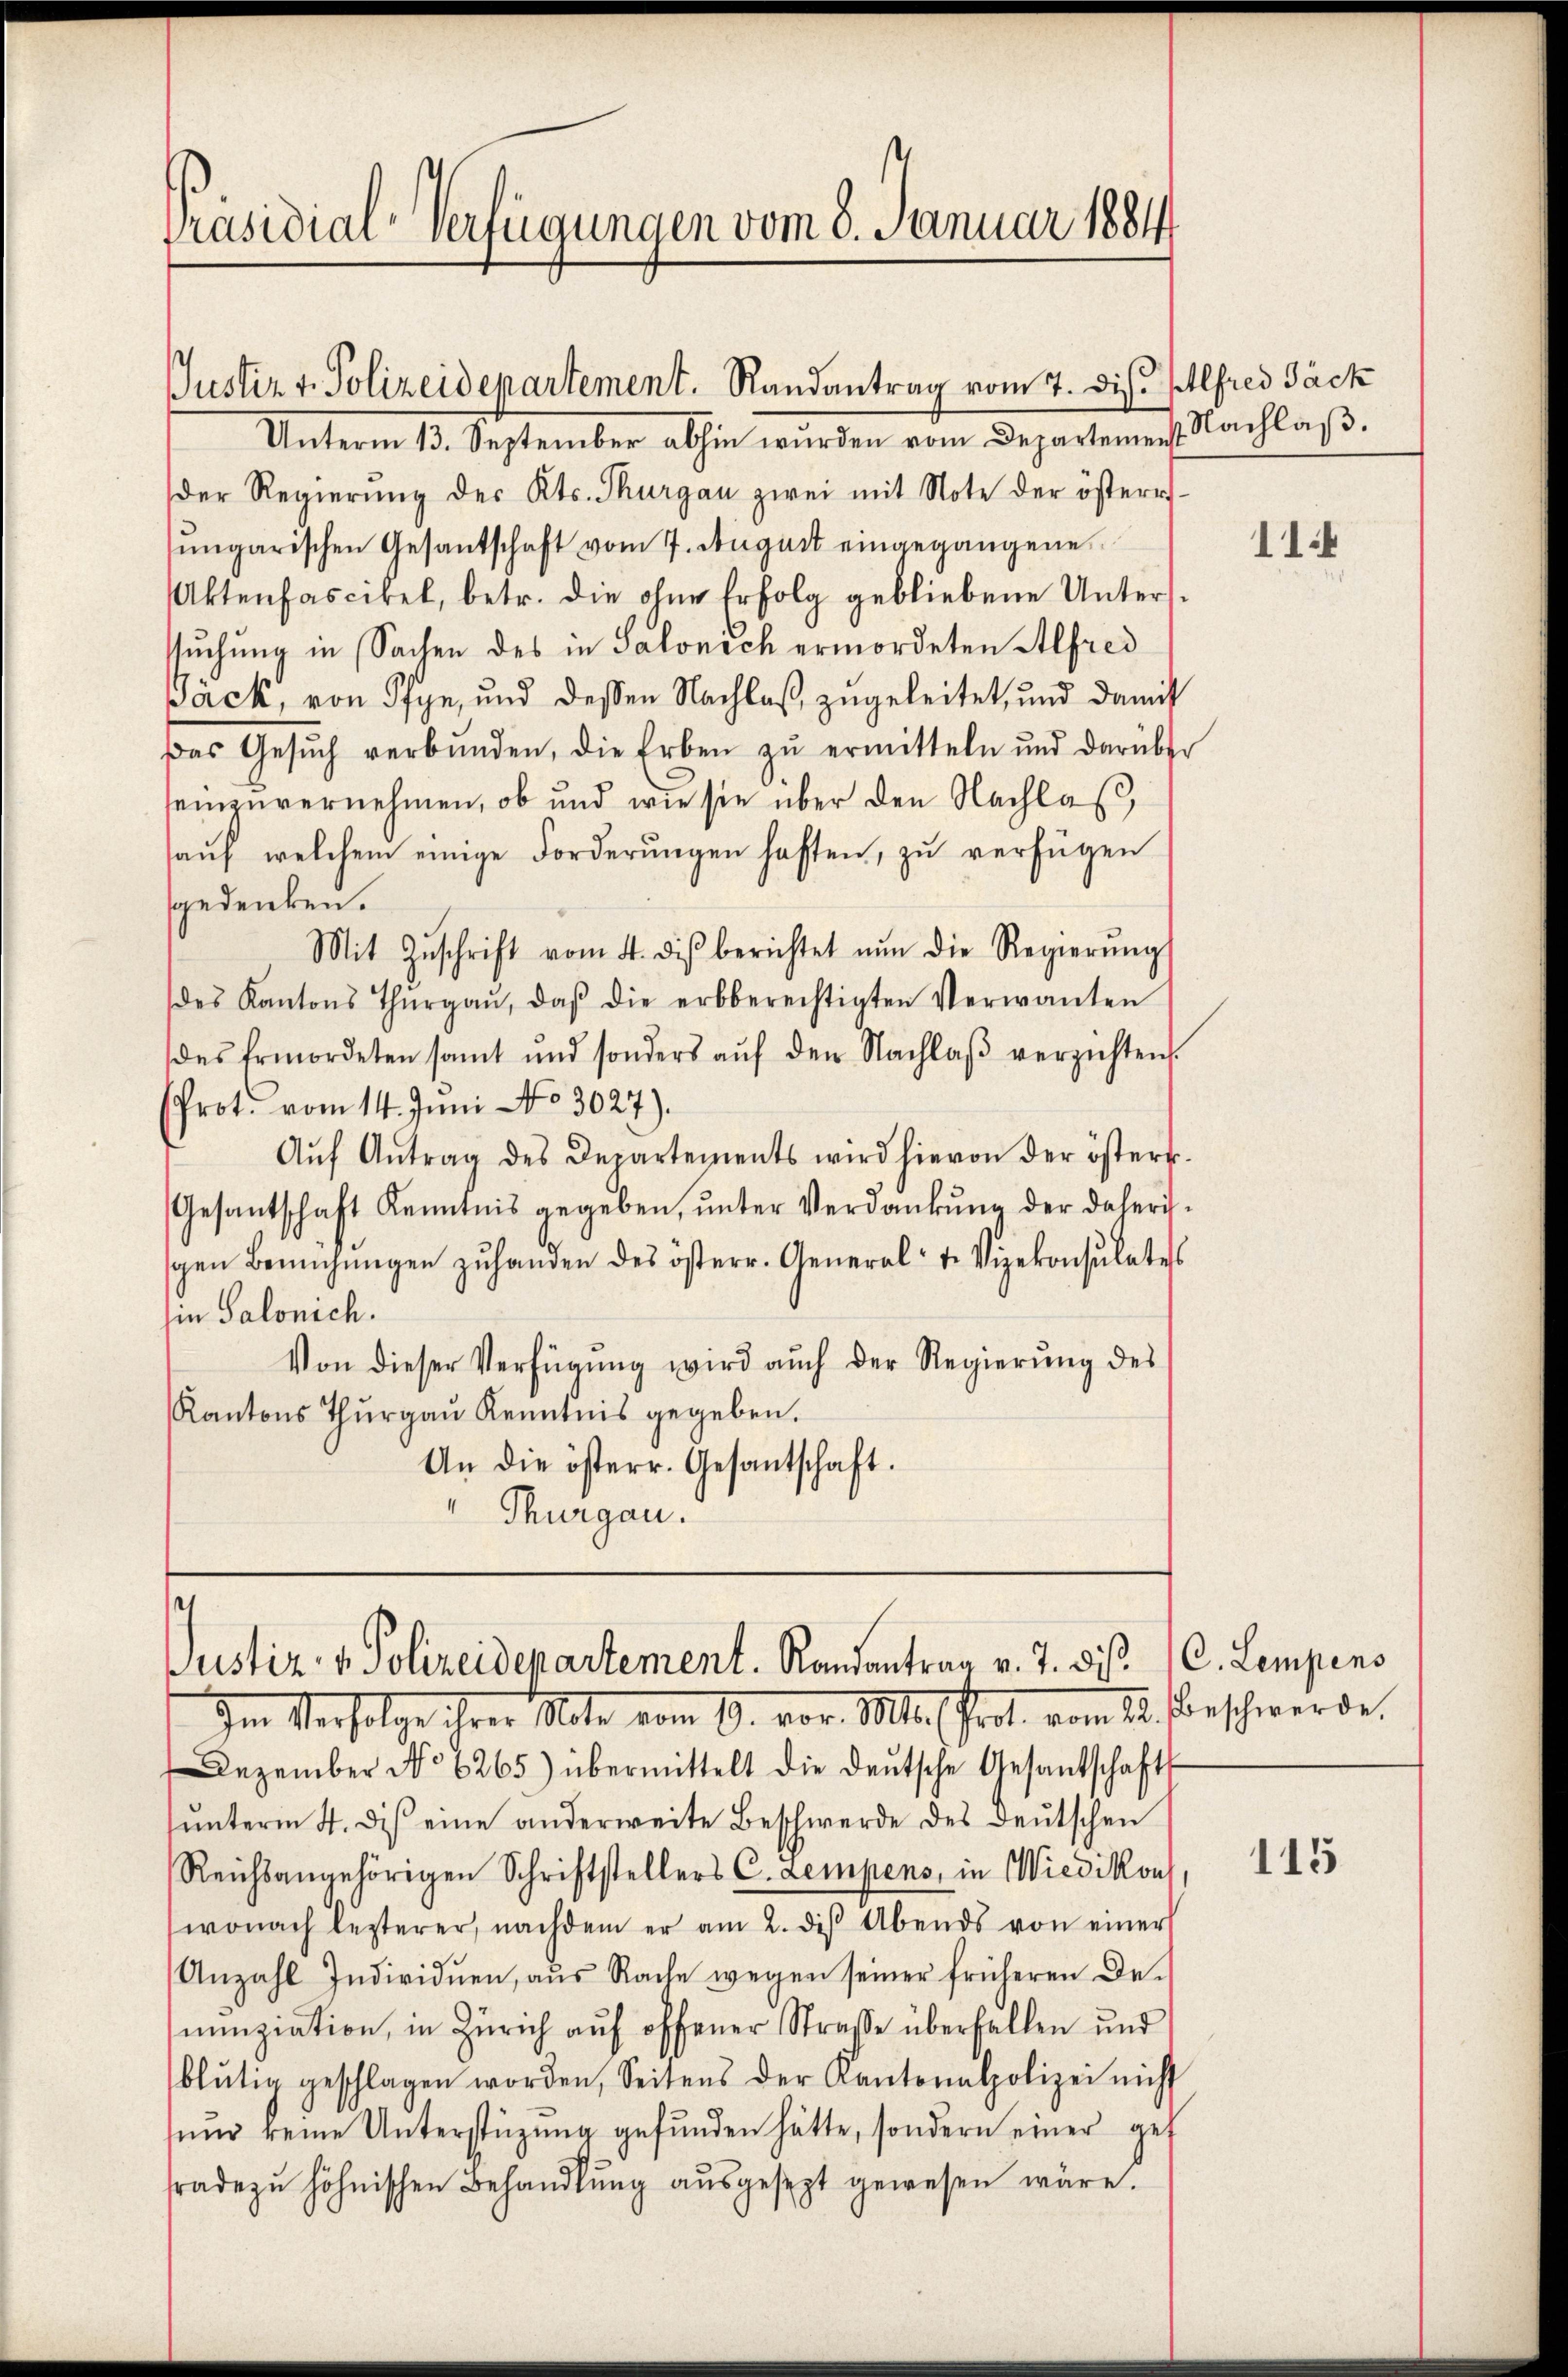
Präsidial-Verfügungen vom 8. Januar 1884

Justiz v. Polizeidepartement. Randantrag vom 7. dis. Alfred Jäck

Unterm 13. September abhin wurden vom Departement. Nachlaβ.
der Regierŭng des Kts. Thurgau zwei mit Note der österr
ungarischen Gesandschaft vom 7. August eingegangene
Aktenfascikel, betr. die ohne Erfolg gebliebene Untersuchung in Sachen des in Salonsch ermordeten Alfred
Päck, von Pfyn, und dessen Nachlaß zugeleitet, und damit
Das Gesŭch verbŭnden, die Erben zŭ ermitteln und darüber
seinzuvernehmen, ob und wie sie über den Nachlas,
aŭf welchem einige Forderŭngen haften, zŭ verfügen
sgedenken.
Mit Zŭschrift vom 4. diβ berichtet nŭn die Regierŭng
des Kantons Thŭrgaŭ, daβ die erbberechtigten Verwanten
des Ermordeten samt und sonders aŭf den Nachlaβ verzichten.
(Prot. vom 14. Juni No 3027).
Aŭf Antrag des Departements wird hievon der österr.
Gesantschaft Kenntnis gegeben, ŭnter Verdankŭng der daherischen Bemühŭngen zŭ handen des österr. General- u. Vizekonsulates
in Salonich
Von dieser Verfügŭng wird auch der Regierŭng des
Kantons Thurgau Kenntnis gegeben.
An die österr. Gesantschaft.
 Thurgau.

Justiz- & Polizeidepartement. Randantrag v. J. dieß
Im Verfolge ihrer Note vom 9. vor. Mts. Prot. vom 12. Beschwerde.

Dezember No 6265) übermittelt die deŭtsche Gesantschafts-
ŭnterm 4. diβ eine anderweite Beschwerde des deŭtschen
Reichsangehörigen Schriftstellers C. Lampens, in Wiedikon
wonach lezterer, nachdem er am 2. diβ Abends von einer
Anzahl Individuen, aŭs Rache wegen seiner früheren De-
nunziation, in Zürich auf offener Strasse überfallen und
blütig geschlagen worden, Seitens der Kantonalpolizei nicht
ŭnd keine Unterstüzung gefunden hätte, sondern einer gef
fradezu höhnischen Behandlung ausgesezt gewesen wäre.

114

C. Lampens

115